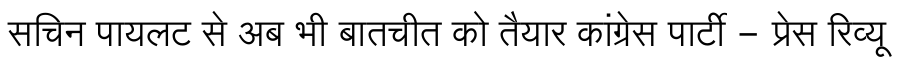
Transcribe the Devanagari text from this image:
सचिन पायलट से अब भी बातचीत को तैयार कांग्रेस पार्टी - प्रेस रिव्यू